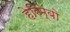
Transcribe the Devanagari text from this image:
हेरिम्बो